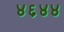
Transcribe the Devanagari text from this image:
४६४४